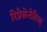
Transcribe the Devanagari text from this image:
रिप्रेसेन्टेटिव्स्